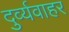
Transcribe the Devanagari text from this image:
दुर्व्यवाहर